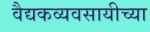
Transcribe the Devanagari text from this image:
वैद्यकव्यवसायीच्या